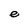
Character: e